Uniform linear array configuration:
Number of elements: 4
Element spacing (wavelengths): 0.25
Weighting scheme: exponential
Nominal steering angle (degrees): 0
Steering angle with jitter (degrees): -1.728
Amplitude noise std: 0.05
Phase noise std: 0.05

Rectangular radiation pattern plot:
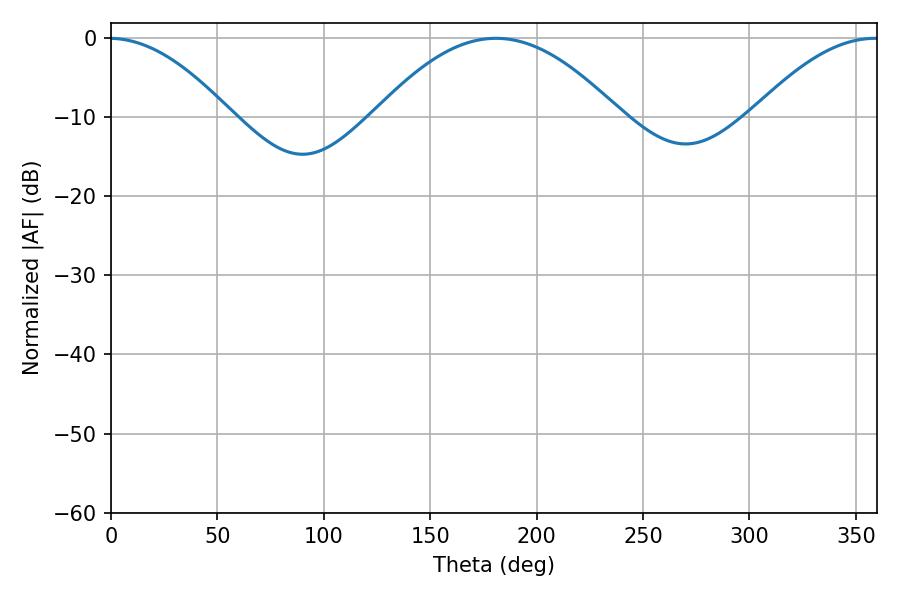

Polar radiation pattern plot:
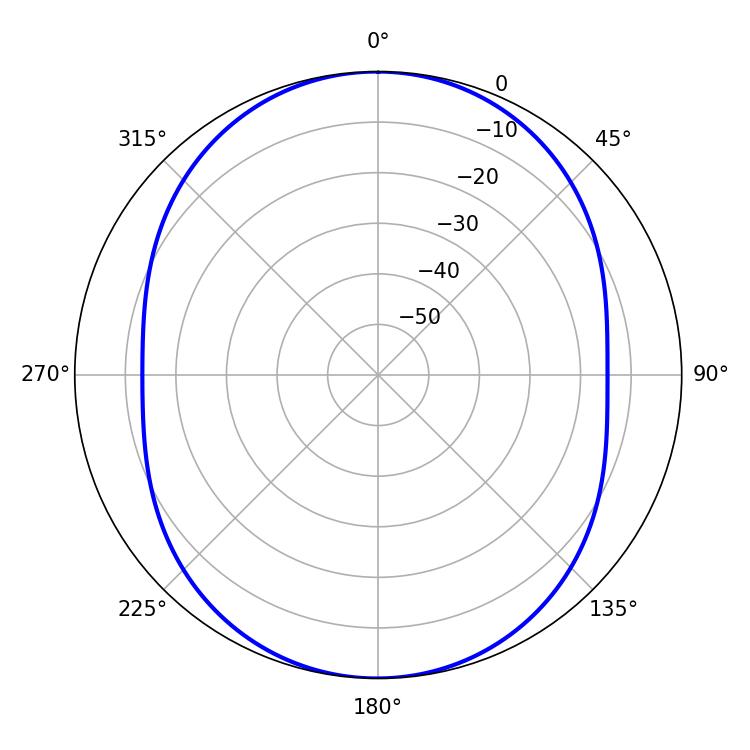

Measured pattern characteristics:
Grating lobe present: FALSE
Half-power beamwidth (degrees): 62.82
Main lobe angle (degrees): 180.9